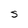
Character: S